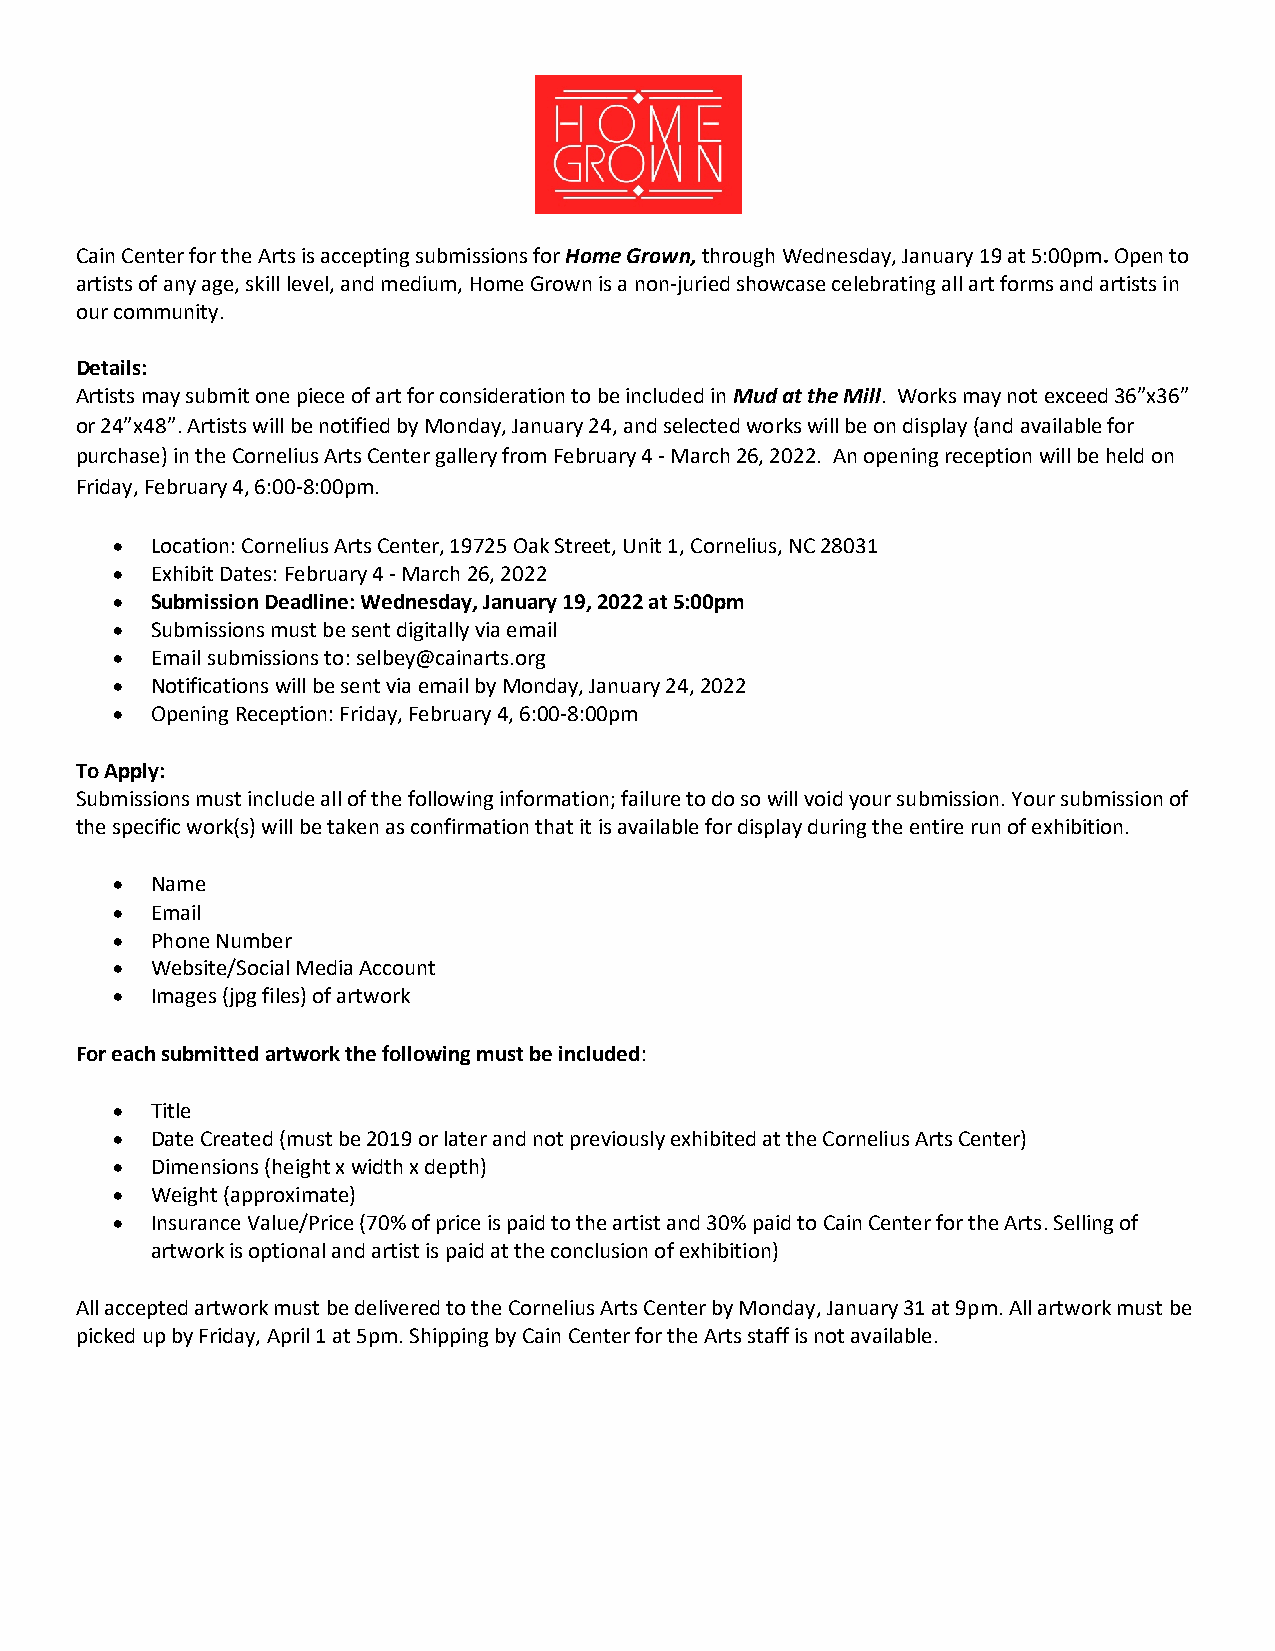
Cain Center for the Arts is accepting submissions for Home Grown, through Wednesday, January 19 at 5:00pm. Open to
 artists of any age, skill level, and medium, Home Grown is a non-juried showcase celebrating all art forms and artists in
 our community.
 Details:
 Artists may submit one piece of art for consideration to be included in Mud at the Mill. Works may not exceed 36”x36”
 or 24”x48”. Artists will be notified by Monday, January 24, and selected works will be on display (and available for
 purchase) in the Cornelius Arts Center gallery from February 4 - March 26, 2022. An opening reception will be held on
 Friday, February 4, 6:00-8:00pm.
 •  Location: Cornelius Arts Center, 19725 Oak Street, Unit 1, Cornelius, NC 28031
 •  Exhibit Dates: February 4 - March 26, 2022
 •  Submission Deadline: Wednesday, January 19, 2022 at 5:00pm
 •  Submissions must be sent digitally via email
 •  Email submissions to: selbey@cainarts.org
 •  Notifications will be sent via email by Monday, January 24, 2022
 •  Opening Reception: Friday, February 4, 6:00-8:00pm
 To Apply:
 Submissions must include all of the following information; failure to do so will void your submission. Your submission of
 the specific work(s) will be taken as confirmation that it is available for display during the entire run of exhibition.
 •  Name
 •  Email
 •  Phone Number
 •  Website/Social Media Account
 •  Images (jpg files) of artwork
 For each submitted artwork the following must be included:
 •  Title
 •  Date Created (must be 2019 or later and not previously exhibited at the Cornelius Arts Center)
 •  Dimensions (height x width x depth)
 •  Weight (approximate)
 •  Insurance Value/Price (70% of price is paid to the artist and 30% paid to Cain Center for the Arts. Selling of
 artwork is optional and artist is paid at the conclusion of exhibition)
 All accepted artwork must be delivered to the Cornelius Arts Center by Monday, January 31 at 9pm. All artwork must be
 picked up by Friday, April 1 at 5pm. Shipping by Cain Center for the Arts staff is not available.